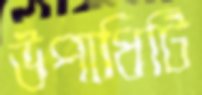
উপাধিটি